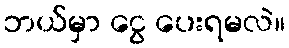
ဘယ်မှာ ငွေ ပေးရမလဲ။